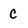
Character: C